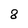
Character: 8